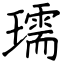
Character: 瓀